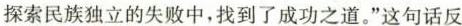
探索民族独立的失败中，找到了成功之道。”这句话反